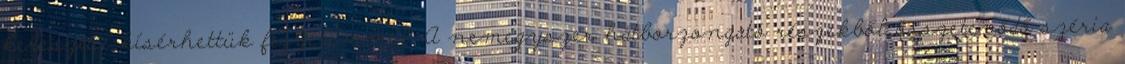
keresztül kísérhettük figyelemmel. A nemegyszer hátborzongató részekből összetevődő széria